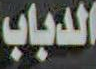
الدباب